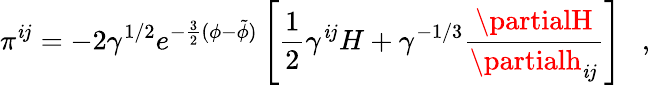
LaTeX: \pi^{\mathit{i}j}=-2\gamma^{1/2}e^{-\frac{{3}}{{2}}(\phi-\tilde{{\phi}})}\left[\frac{{1}}{{2}}\gamma^{\mathit{i}j}H+\gamma^{-1/3}\frac{{\partialH}}{{\partialh_{\mathit{i}j}}}\right]~~~,